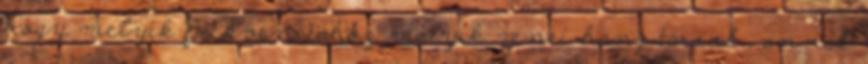
hogy melyik frekvenciához melyik zenei hang társul , annak